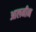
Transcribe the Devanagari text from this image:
आलमीन